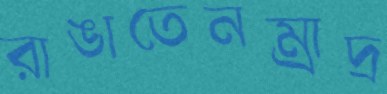
রাঙাতেনম্রাদ্র